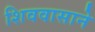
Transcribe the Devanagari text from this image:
शिववासाने